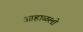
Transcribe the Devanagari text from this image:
आहाळली